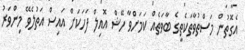
އެގޮތުން މަސްތުވާތަކެތީގެ ބާވަތެއް ކަމަށްވާ ހޭޝް އޮއިލް ފަހަކަށް އައިސް އަތުލެވޭ މިންވަރު